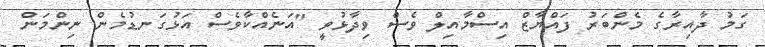
ގަމު ދާއިރާގެ މެންބަރު ފައްޔާޒް އިސްމާއިލް ވެސް ވިދާޅުވީ "އަނެއްކާވެސް އަޅުގަނޑުމެން ނިންމަން